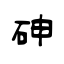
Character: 砷